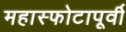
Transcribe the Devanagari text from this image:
महास्फोटापूर्वी